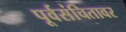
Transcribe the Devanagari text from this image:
पूर्वसंचितावर